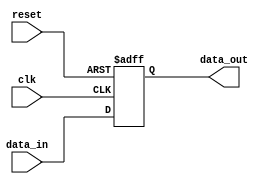
module flipflop (
    input wire clk,
    input wire reset,
    input wire data_in,
    output reg data_out
);

always@(posedge clk or posedge reset)
begin
    if (reset)
        data_out <= 1'b0;
    else
        data_out <= data_in;
end

endmodule